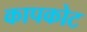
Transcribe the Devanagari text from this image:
कापकोट